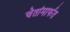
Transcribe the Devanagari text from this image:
चेतांमार्फत